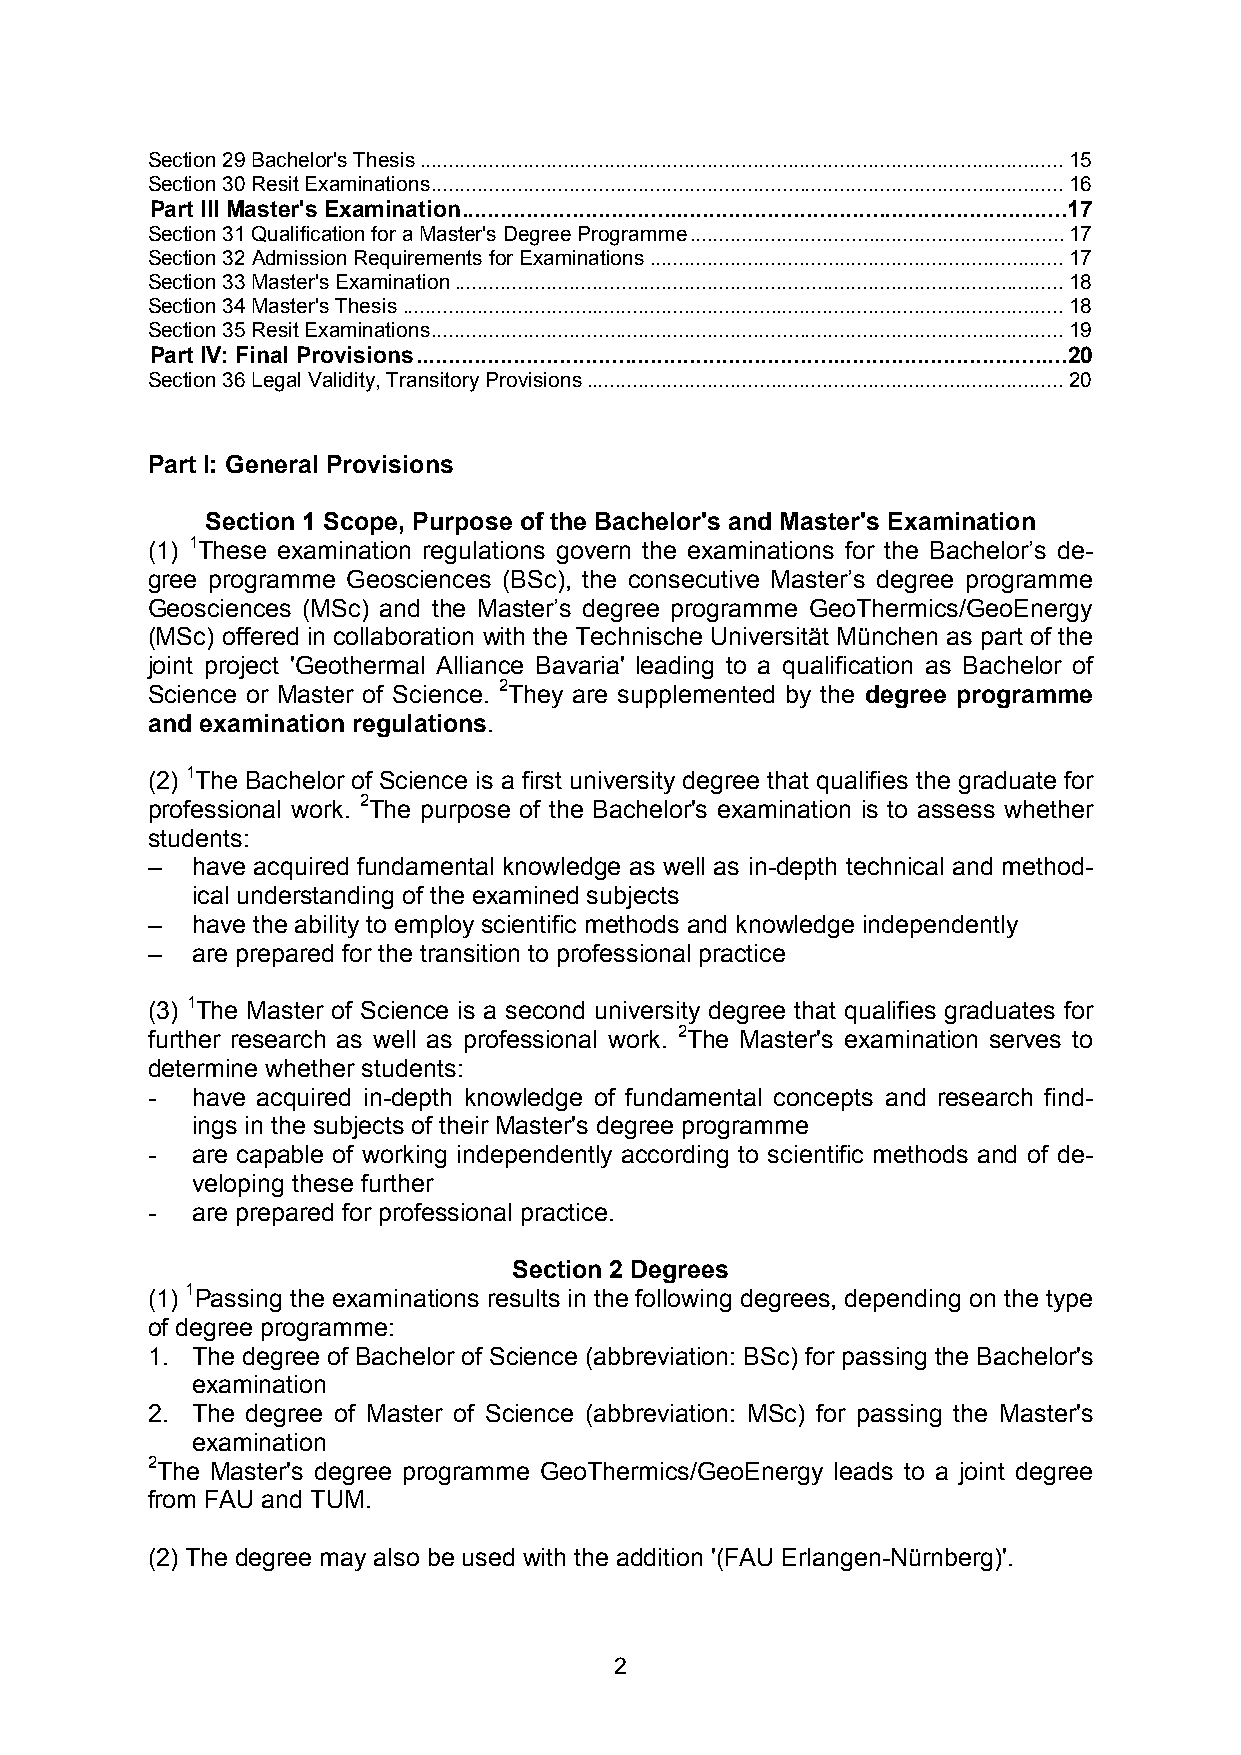
Section 29 Bachelor's Thesis ................................................................................................................ 15
 Section 30 Resit Examinations .............................................................................................................. 16
 Part III Master's Examination .............................................................................................17
 Section 31 Qualification for a Master's Degree Programme ................................................................. 17
 Section 32 Admission Requirements for Examinations ........................................................................ 17
 Section 33 Master's Examination .......................................................................................................... 18
 Section 34 Master's Thesis ................................................................................................................... 18
 Section 35 Resit Examinations .............................................................................................................. 19
 Part IV: Final Provisions ....................................................................................................20
 Section 36 Legal Validity, Transitory Provisions ................................................................................... 20
 Part I: General Provisions
 Section 1 Scope, Purpose of the Bachelor's and Master's Examination
 (1) 1These examination regulations govern the examinations for the Bachelor’s de-
 gree programme Geosciences (BSc), the consecutive Master’s degree programme
 Geosciences (MSc) and the Master’s degree programme GeoThermics/GeoEnergy
 (MSc) offered in collaboration with the Technische Universität München as part of the
 joint project 'Geothermal Alliance Bavaria' leading to a qualification as Bachelor of
 Science or Master of Science. 2They are supplemented by the degree programme
 and examination regulations.
 (2) 1The Bachelor of Science is a first university degree that qualifies the graduate for
 professional work. 2The purpose of the Bachelor's examination is to assess whether
 students:
 –  have acquired fundamental knowledge as well as in-depth technical and method-
 ical understanding of the examined subjects
 –  have the ability to employ scientific methods and knowledge independently
 –  are prepared for the transition to professional practice
 (3) 1The Master of Science is a second university degree that qualifies graduates for
 further research as well as professional work. 2The Master's examination serves to
 determine whether students:
 -  have acquired in-depth knowledge of fundamental concepts and research find-
 ings in the subjects of their Master's degree programme
 -  are capable of working independently according to scientific methods and of de-
 veloping these further
 -  are prepared for professional practice.
 Section 2 Degrees
 (1) 1Passing the examinations results in the following degrees, depending on the type
 of degree programme:
 1. The degree of Bachelor of Science (abbreviation: BSc) for passing the Bachelor's
 examination
 2. The degree of Master of Science (abbreviation: MSc) for passing the Master's
 examination
 2The Master's degree programme GeoThermics/GeoEnergy leads to a joint degree
 from FAU and TUM.
 (2) The degree may also be used with the addition '(FAU Erlangen-Nürnberg)'.
 2